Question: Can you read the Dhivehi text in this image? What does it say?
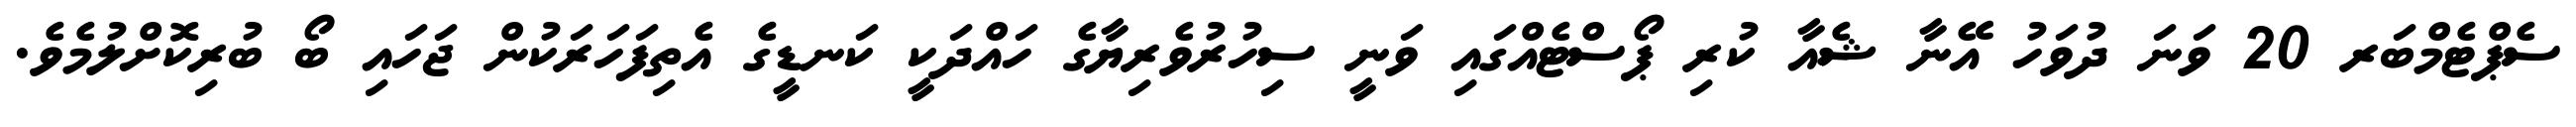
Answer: ސެޕްޓެމްބަރ 20 ވަނަ ދުވަހު އޭނާ ޝެއާ ކުރި ޕޯސްޓެއްގައި ވަނީ ސިހުރުވެރިޔާގެ ހައްދަކީ ކަނޑީގެ އެތިފަހަރަކުން ޖަހައި ބޯ ބުރިކޮށްލުމެވެ.